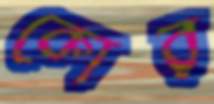
কোর